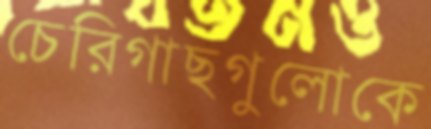
চেরিগাছগুলোকে